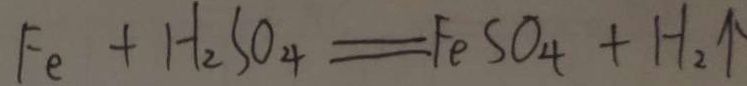
F e + H _ { 2 } S O _ { 4 } = F e S O _ { 4 } + H _ { 2 } \uparrow